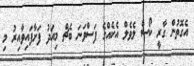
އެގޮތުން ގާރީ ކޯސް ލެވެލް އެކެއްގެ ފަސްވަނަ ބެޗް މިއަދު ފަށާފައިވާއިރު މި